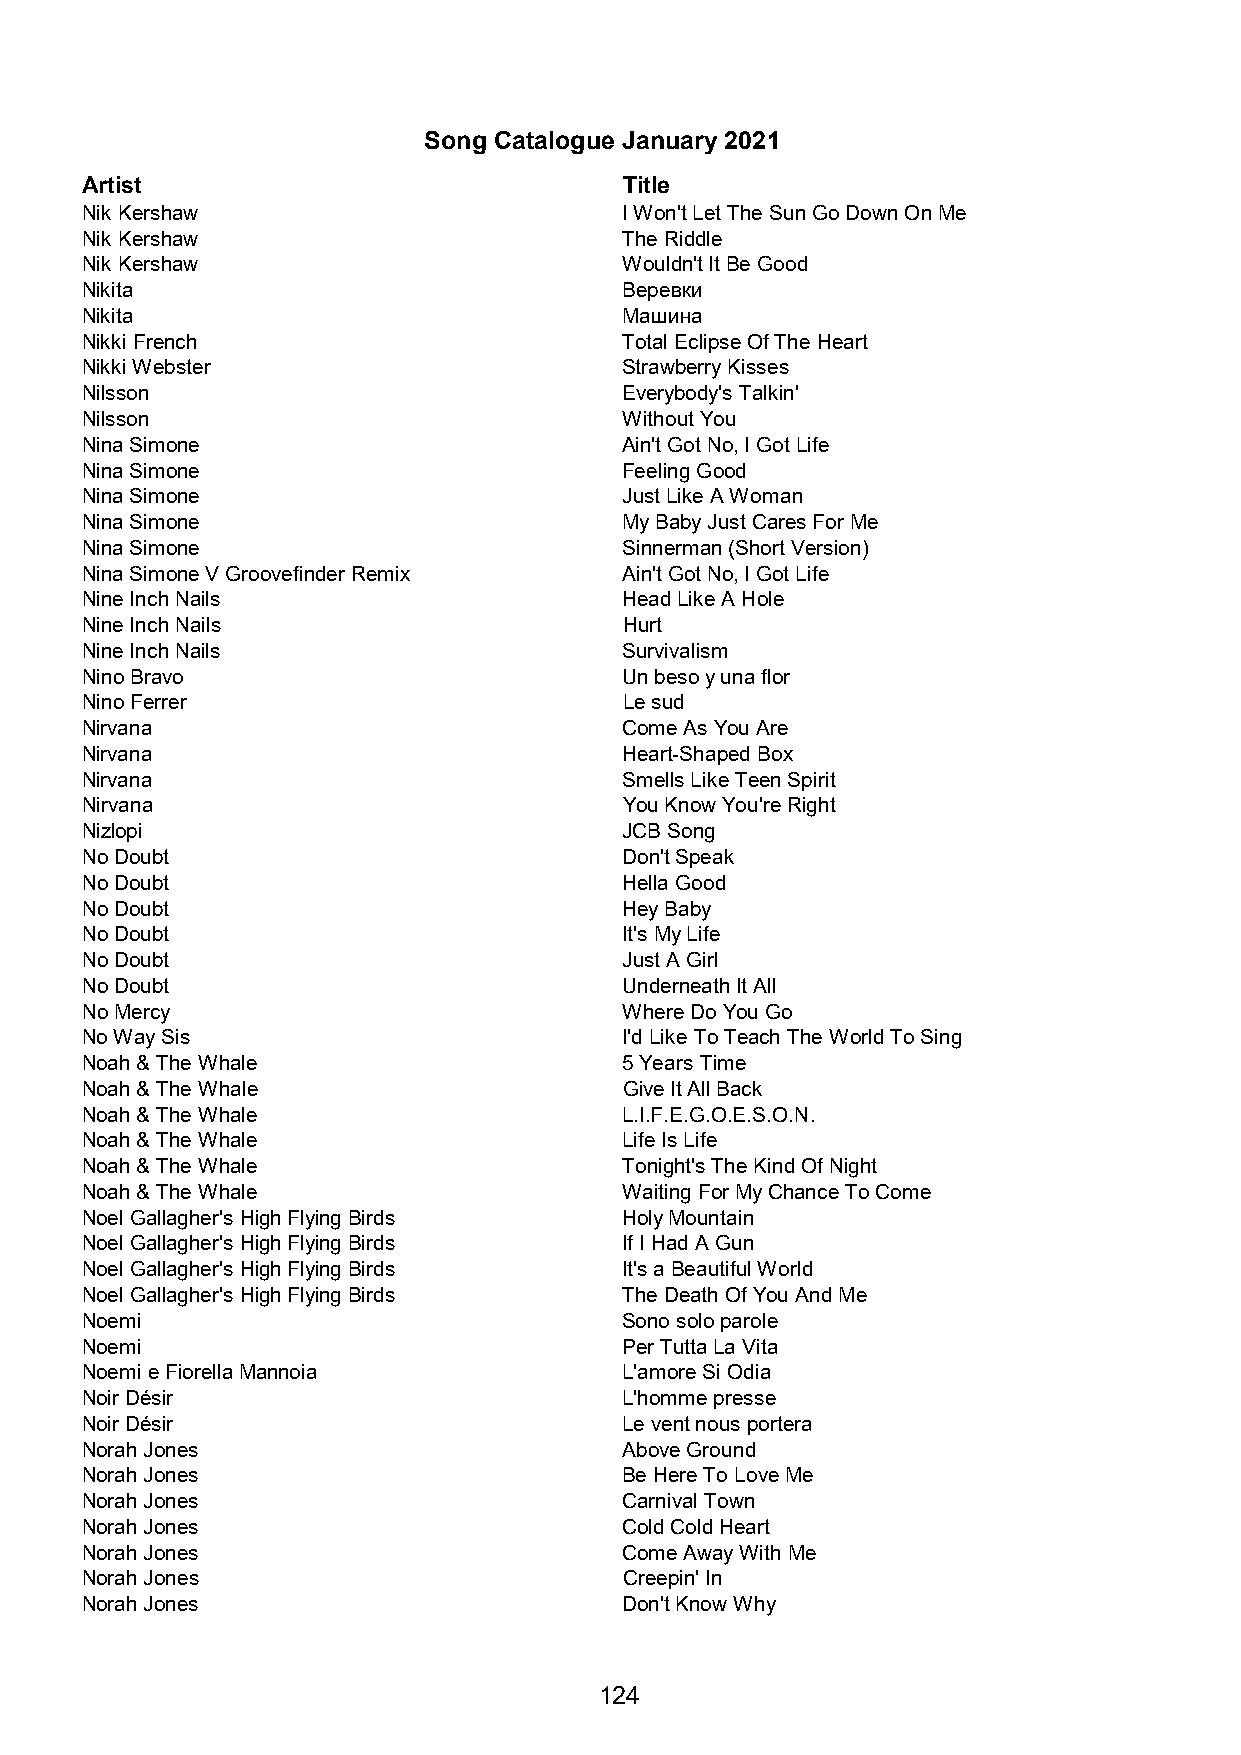
Song Catalogue January 2021
 Artist                              Title
 Nik Kershaw                         I Won't Let The Sun Go Down On Me
 Nik Kershaw                         The Riddle
 Nik Kershaw                         Wouldn't It Be Good
 Nikita                              Веревки
 Nikita                              Машина
 Nikki French                        Total Eclipse Of The Heart
 Nikki Webster                       Strawberry Kisses
 Nilsson                             Everybody's Talkin'
 Nilsson                             Without You
 Nina Simone                         Ain't Got No, I Got Life
 Nina Simone                         Feeling Good
 Nina Simone                         Just Like A Woman
 Nina Simone                         My Baby Just Cares For Me
 Nina Simone                         Sinnerman (Short Version)
 Nina Simone V Groovefinder Remix    Ain't Got No, I Got Life
 Nine Inch Nails                     Head Like A Hole
 Nine Inch Nails                     Hurt
 Nine Inch Nails                     Survivalism
 Nino Bravo                          Un beso y una flor
 Nino Ferrer                         Le sud
 Nirvana                             Come As You Are
 Nirvana                             Heart-Shaped Box
 Nirvana                             Smells Like Teen Spirit
 Nirvana                             You Know You're Right
 Nizlopi                             JCB Song
 No Doubt                            Don't Speak
 No Doubt                            Hella Good
 No Doubt                            Hey Baby
 No Doubt                            It's My Life
 No Doubt                            Just A Girl
 No Doubt                            Underneath It All
 No Mercy                            Where Do You Go
 No Way Sis                          I'd Like To Teach The World To Sing
 Noah & The Whale                    5 Years Time
 Noah & The Whale                    Give It All Back
 Noah & The Whale                    L.I.F.E.G.O.E.S.O.N.
 Noah & The Whale                    Life Is Life
 Noah & The Whale                    Tonight's The Kind Of Night
 Noah & The Whale                    Waiting For My Chance To Come
 Noel Gallagher's High Flying Birds  Holy Mountain
 Noel Gallagher's High Flying Birds  If I Had A Gun
 Noel Gallagher's High Flying Birds  It's a Beautiful World
 Noel Gallagher's High Flying Birds  The Death Of You And Me
 Noemi                               Sono solo parole
 Noemi                               Per Tutta La Vita
 Noemi e Fiorella Mannoia            L'amore Si Odia
 Noir Désir                          L'homme presse
 Noir Désir                          Le vent nous portera
 Norah Jones                         Above Ground
 Norah Jones                         Be Here To Love Me
 Norah Jones                         Carnival Town
 Norah Jones                         Cold Cold Heart
 Norah Jones                         Come Away With Me
 Norah Jones                         Creepin' In
 Norah Jones                         Don't Know Why
 124